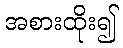
အစားထိုး၍